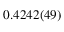
0 . 4 2 4 2 ( 4 9 )